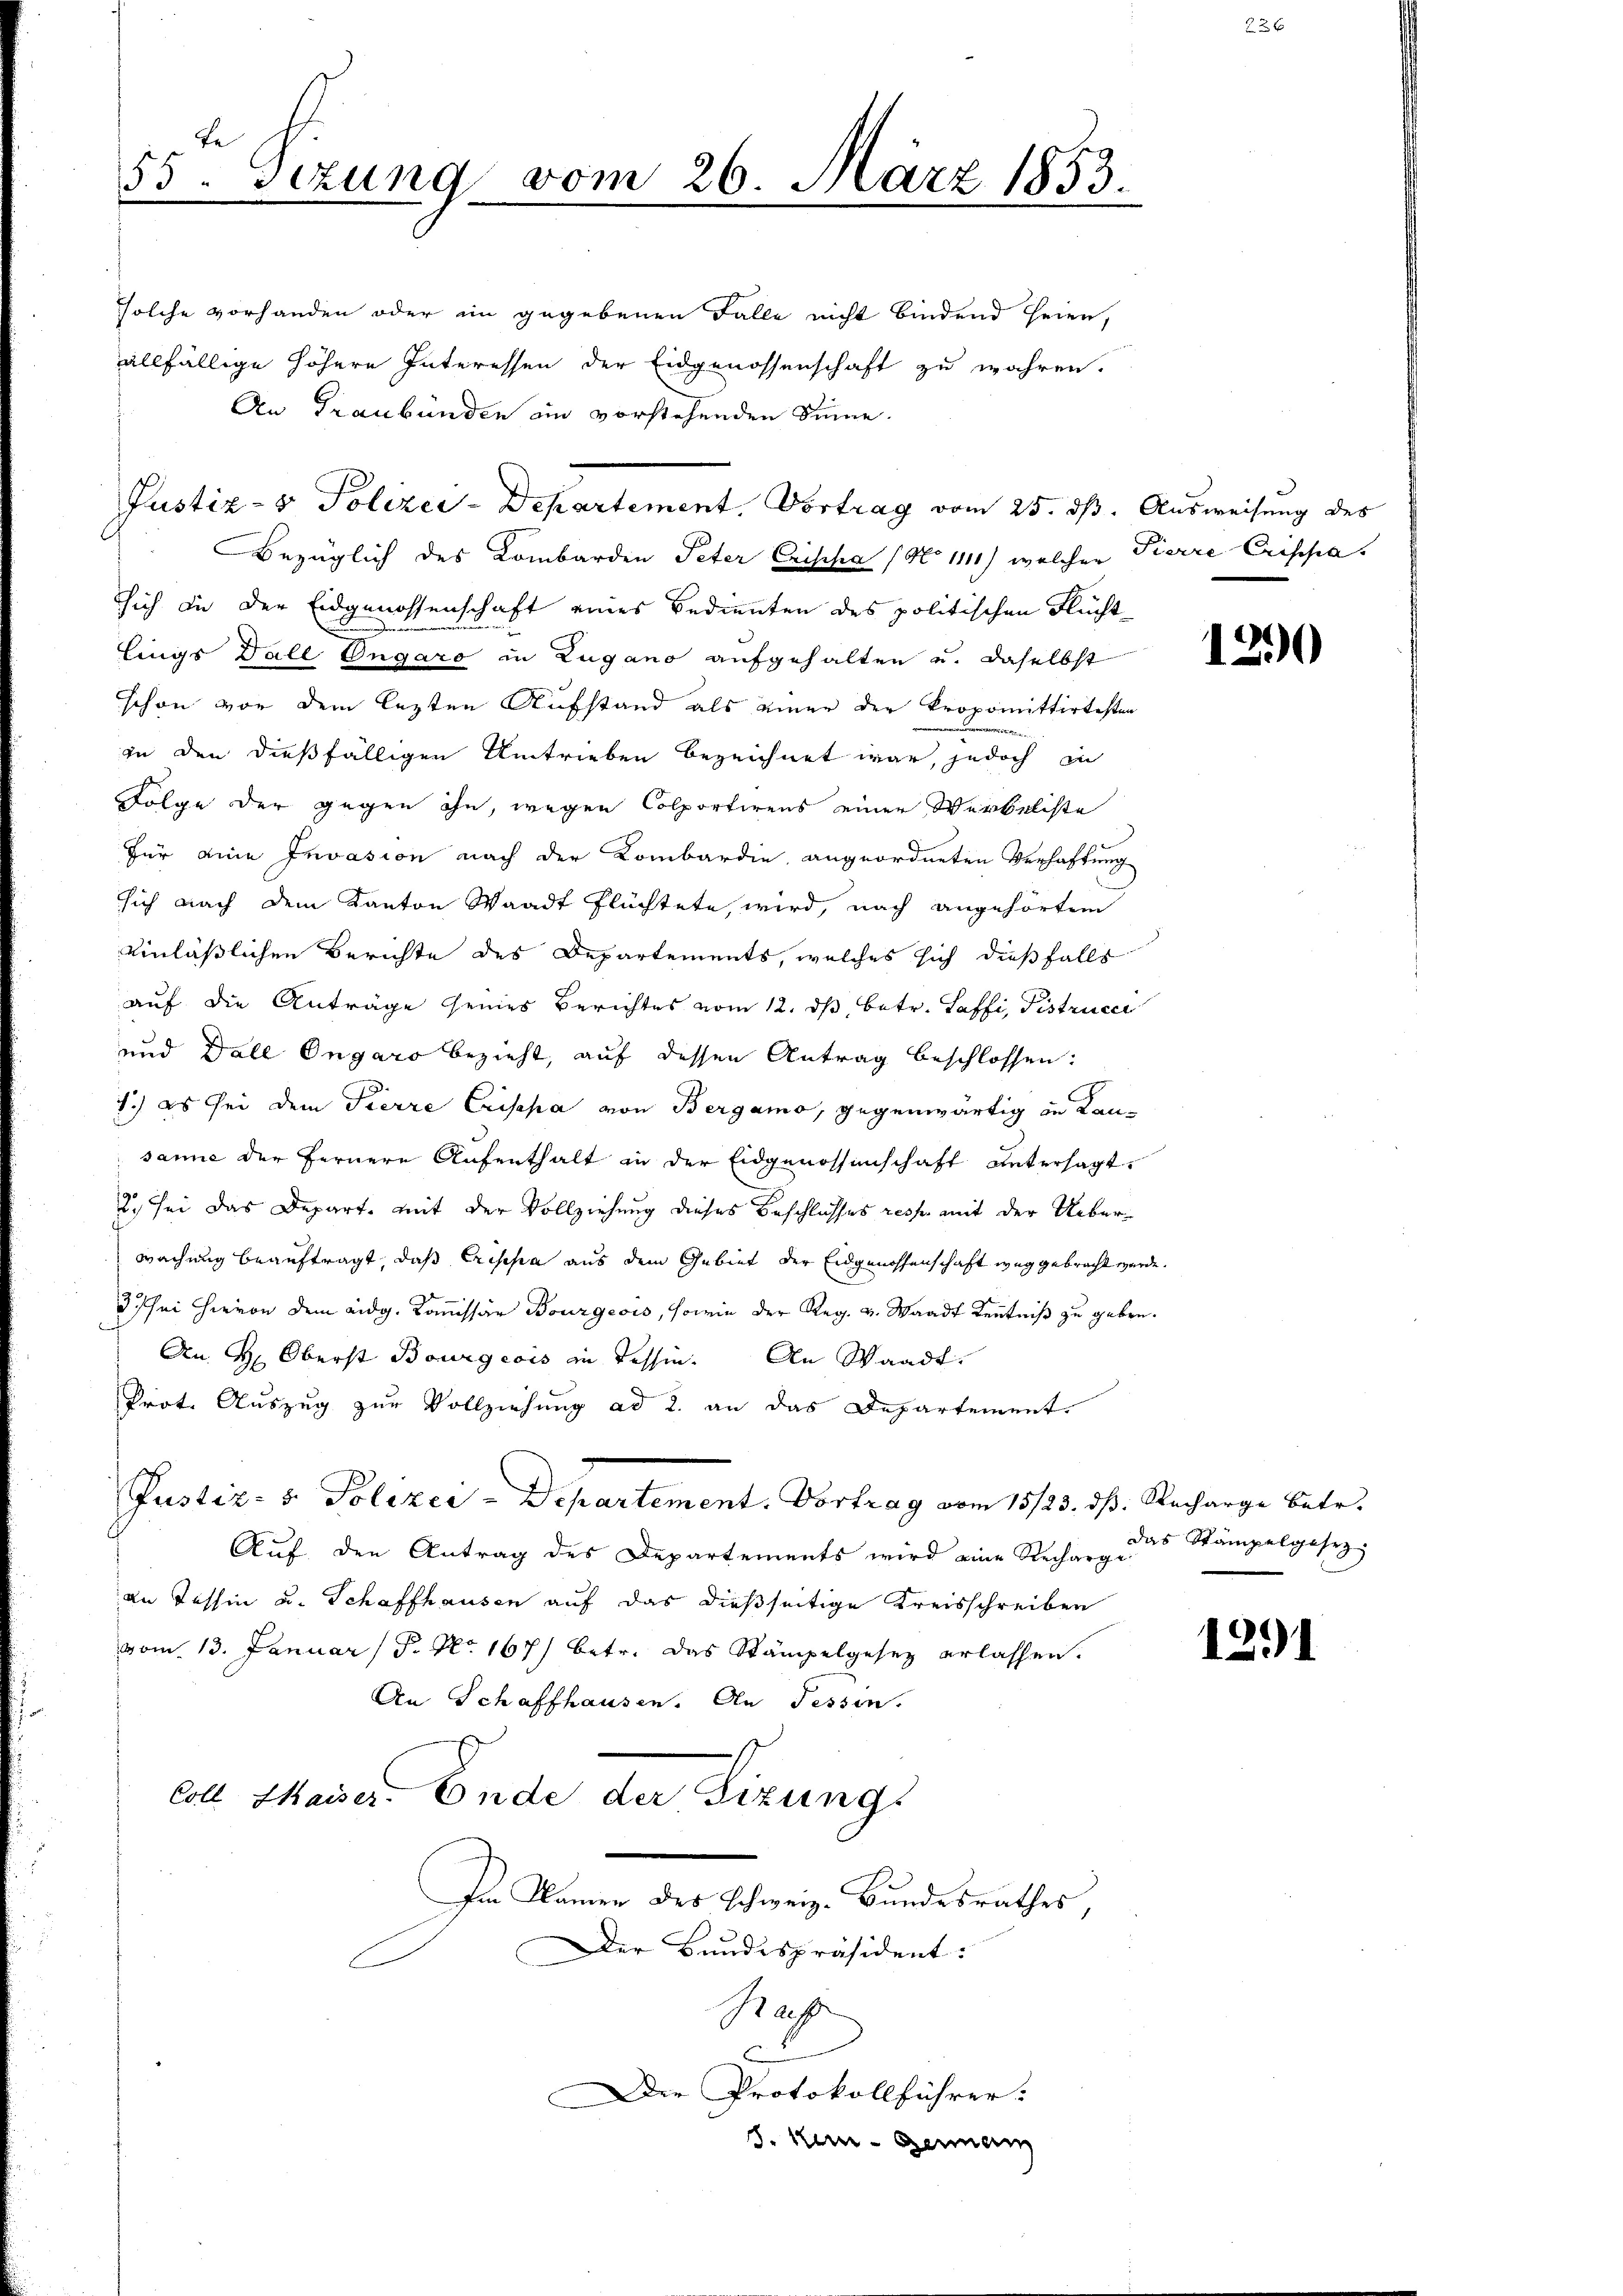
te
55 sezung vom 26. März 1853.

An Graubünden an vorstehenden Sinne.
Bezüglich des Lombarden Peter Crischa (No 1111) welcher Pierre Crischa
sich in der Eidgenossenschaft eines Bedienten des politischen Flüchtlings Dall Ungaro in Zugano aufgehalten u. daselbst
schon von dem lezten Aufstand als einer der Propomittirtesten
in den dießfälligen Umtrieben bezeichnet war, jedoch in
Folge der gegen ihn, wegen Colportirens einer Werbeliste
Für eine Invasion nach der Kombardie, angeordneten Verhaftung
sich nach dem Kanton Waadt flüchtete, wird, nach angehörtem
einläßlichen Berichte des Departements, welches sich dießfalls
auf die Anträge seines Berichtes vom 12. ds, betr. Saffi, Pistrucce
und Dall Ongaro bezieht, auf dessen Antrag beschlossen:
1.) Es sei dem Pierre Crisepa von Bergamo, gegenwärtig in Kansanie der fernere Aufenthalt in der Eidgenossenschaft untersagt,
2. sei das Departe mit der Vollziehung dieses Beschlusses resse mit der Ueberwachung beauftragt, daß Erscha aus dem Gebiet der Eidgenossenschaft weg gebracht werde.
3 sei hievon dem eidg. Kommissär Bourgeois, sowie der Reg. v. Waadt Kenntniß zu geben.
An H. Oberst Bourgeois in Tessin. An Waadt,
Prote Auszug zur Vollziehung ad 2. an das Departement.
Justiz- & Polizei-Departement. Vortrag vom 15/23. ds. Recharge betr.
Auf den Antrag des Departements wird eine Recharge
An Tessin u. Schaffhausen auf das dießseitige Kreisschreiben
vom 13. Januar / 5. No. 167) betr. das Stämpelgesez erlassen.
An Schaffhausen. An Tessin.
coll Maiser. Ende der Sizungs
Im Namen des Schweiz. Bundesrathes,
Der Bundespräsident:
Rap
er Protokollführer:
s. Nun - Genan

solche vorhanden oder ein gegebenen Falle nicht bindend seien,
allfällige höhere Interessen der Eidgenossenschaft zu währen.

Justiz- & Polizei-Departement, Vortrag vom 25. dß. Ausweisung des

1290

das Stämpelgesez

1291